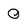
Character: 0